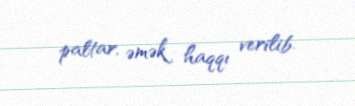
paltar, əmək haqqı verilib.